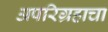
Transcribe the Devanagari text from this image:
अपरिग्रहाचा